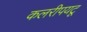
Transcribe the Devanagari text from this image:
कलरीपयटू